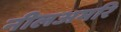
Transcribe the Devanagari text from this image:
नीलअमरि